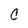
Character: C